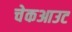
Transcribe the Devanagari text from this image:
चेकआउट